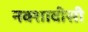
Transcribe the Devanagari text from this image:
नक्शावीसी